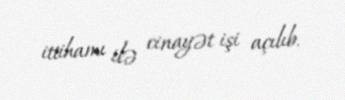
ittihamı ilə cinayət işi açılıb.